Elephants and their diseases
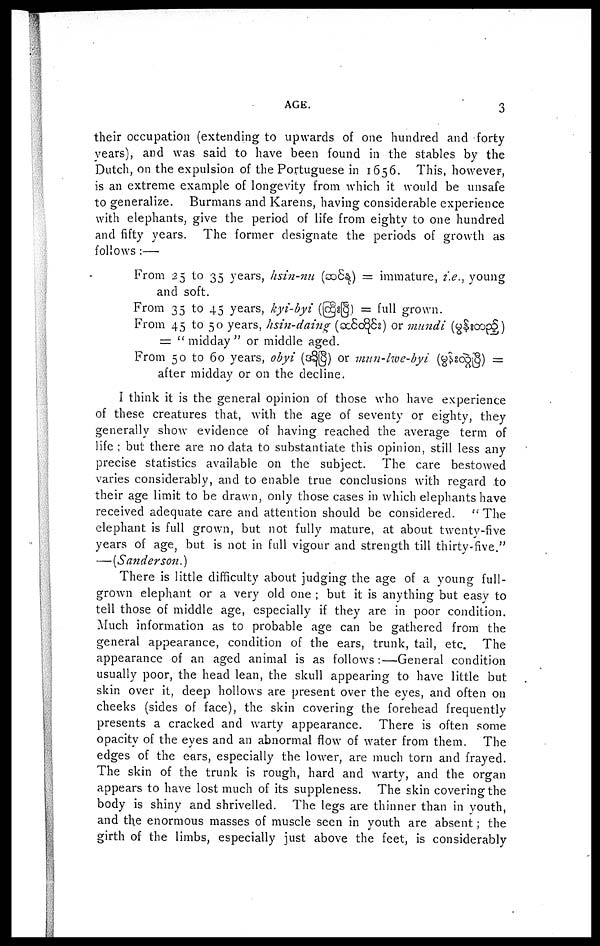
AGE.
3
their occupation (extending to upwards of one hundred and forty
years), and was said to have been found in the stables by the
Dutch, on the expulsion of the Portuguese in 1656. This, however,
is an extreme example of longevity from which it would be unsafe
to generalize. Burmans and Karens, having considerable experience
with elephants, give the period of life from eighty to one hundred
and fifty years. The former designate the periods of growth as
follows :—
From 25 to 35 years, hsin-nu (
) = immature, i.e., young
and soft.
From 35 to 45 years, kyi-byi (
) = full grown.
From 45 to 50 years, hsin-daing (
) or mundi (
)
= "midday" or middle aged.
From 50 to 60 years, obyi (
) or mun-hve-byi (
) =
after midday or on the decline.
I think it is the general opinion of those who have experience
of these creatures that, with the age of seventy or eighty, they
generally show evidence of having reached the average term of
life ; but there are no data to substantiate this opinion, still less any
precise statistics available on the subject. The care bestowed
varies considerably, and to enable true conclusions with regard to
their age limit to be drawn, only those cases in which elephants have
received adequate care and attention should be considered. " The
elephant is full grown, but not fully mature, at about twenty-five
years of age, but is not in full vigour and strength till thirty-five."
—[Sanderson.)
There is little difficulty about judging the age of a young full-
grown elephant or a very old one ; but it is anything but easy to
tell those of middle age, especially if they are in poor condition.
Much information as to probable age can be gathered from the
general appearance, condition of the ears, trunk, tail, etc. The
appearance of an aged animal is as follows :—General condition
usually poor, the head lean, the skull appearing to have little but
skin over it, deep hollows are present over the eyes, and often on
cheeks (sides of face), the skin covering the forehead frequently
presents a cracked and warty appearance. There is often some
opacity of the eyes and an abnormal flow of water from them. The
edges of the ears, especially the lower, are much torn and frayed.
The skin of the trunk is rough, hard and warty, and the organ
appears to have lost much of its suppleness. The skin covering the
body is shiny and shrivelled. The legs are thinner than in youth,
and the enormous masses of muscle seen in youth are absent; the
girth of the limbs, especially just above the feet, is considerably